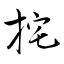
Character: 挓